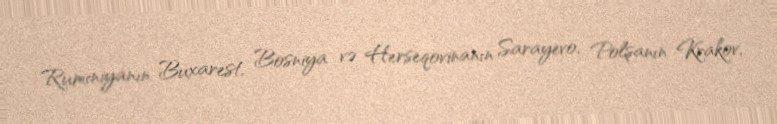
Rumıniyanın Buxarest, Bosniya və Herseqovinanın Sarayevo, Polşanın Krakov,